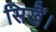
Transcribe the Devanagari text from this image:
सिखैं।